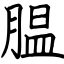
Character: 腽